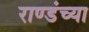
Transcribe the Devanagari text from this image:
राण्डंच्या